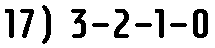
17) 3-2-1-0